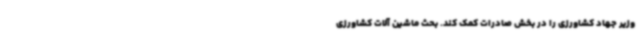
وزیر جهاد کشاورزی را در بخش صادرات کمک کند. بحث ماشین آلات کشاورزی